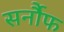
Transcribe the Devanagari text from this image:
सर्नौफ